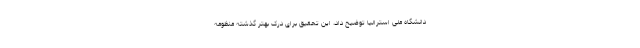
دانشگاه ملی استرالیا توضیح داد، این تحقیق برای درک بهتر گذشته منظومه